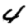
Digit: 4